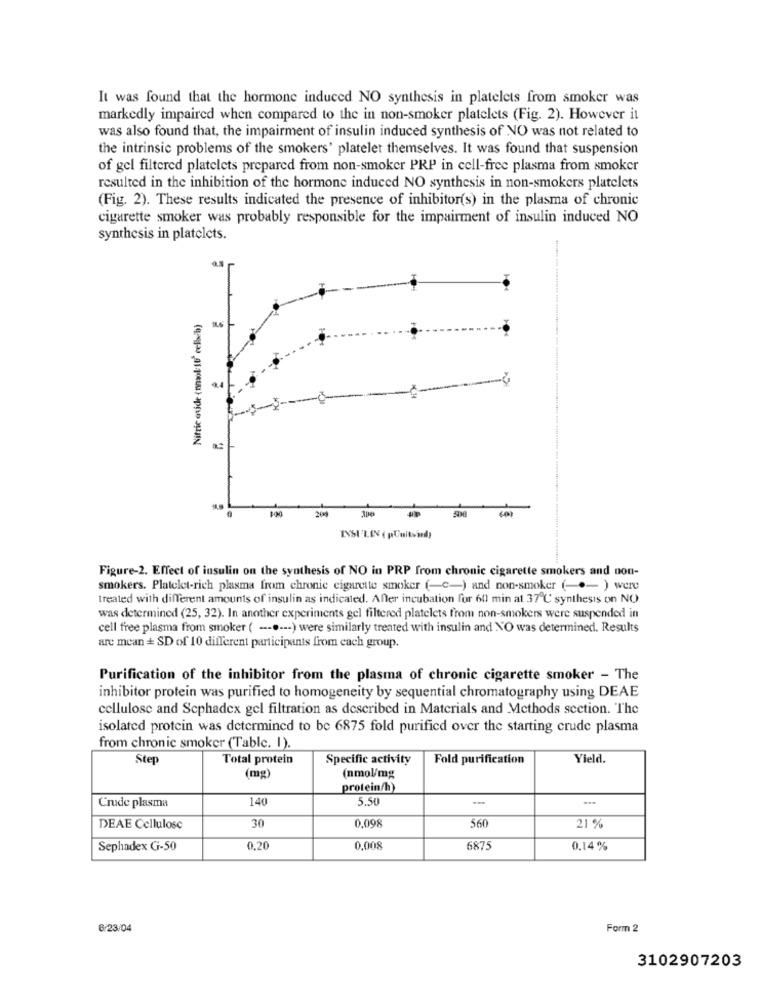
It was found that the hormone induced NO synthesis in platelets from smoker was
markedly impaired when compared to the in non-smoker platelets (Fig. 2). However it
was also found that, the impairment of insulin induced synthesis of NO was not related to
the intrinsic problems of the smokers' platelet themselves. It was found that suspension
of gel filtered platelets prepared from non-smoker PRP in cell-free plasma from smoker
resulted in the inhibition of the hormone induced NO synthesis in non-smokers platelets
(Fig. 2). These results indicated the presence of inhibitor(s) in the plasma of chronic
cigarette smoker was probably responsible for the impairment of insulin induced NO
synthesis in platelets.
Nitric oxide (nmol 1U' celbcb)
ISI'L.EV ( pCuitsid)
Figure-2. Effect of insulin on the synthesis of NO in PRP from chronic cigarette smokers and non-
smokers. Platelet-rich plasma from chronic cigarette smoker (-c-) and non-smoker ( -.- ) were
treated with different amounts of insulin as indicated. After incubation for 6ll min at 37 ℃ synthesis on NO
was determined (25, 32). In another experiments gel filtered platelets from non-smokers were suspended in
cell free plasma from smoker ( --.--- ) were similarly treated with insulin and NO was determined. Results
are mean + SD of 10 different participants from each group.
Purification of the inhibitor from the plasma of chronic cigarette smoker - The
inhibitor protein was purified to homogeneity by sequential chromatography using DEAE
cellulose and Scphadex gel filtration as described in Materials and Methods section. The
isolated protein was determined to be 6875 fold purified over the starting crude plasma
from chronic smoker (Table. I).
Ste
Total protein
Specific activity
Fold purification
Yield.
(mg)
(nmol/mg
protein/h)
140
5.50
--
Crude plasma
0,098
560
DEAE Cellulose
30
21 %
Sephadex G-50
0,20
0,008
6875
0.14 %
6/23/04
Form 2
3102907203